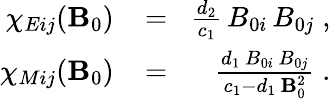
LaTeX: \begin{array}{rlr}{\chi_{Eij}({\mathbf B}_{0})\! }&{{}=}&{\! \frac{d_{2}}{c_{1}}\, B_{0i}\, B_{0j}\; ,}\\ {\chi_{Mij}({\mathbf B}_{0})\! }&{{}=}&{\! \frac{d_{1}\, B_{0i}\, B_{0j}}{c_{1}-d_{1}\, {\mathbf B}_{0}^{2}}\; .}\end{array}